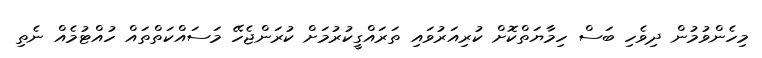
މިހެންވުމުން ދިވެހި ބަސް ހިމާޔަތްކޮށް ކުރިއަރުވައި ތަރައްގީކުރުމަށް ކުރަންޖެހޭ މަސައްކަތްތައް ހުއްޓުމެއް ނެތި